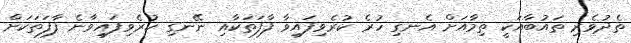
ތެދުވެރި ތައުބާއަކީ ތިމާއަށް އެނގި ހުރެ ކުރެވިފައިވާ ފާފަތަކާއި ނޭނގި ކުރެވިފައިވާނެ ފާފަތަކަށް